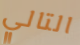
التالي